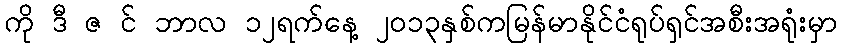
ကို ဒီ ဇ င် ဘာလ ၁၂ရက်နေ့ ၂၀၁၃နှစ်ကမြန်မာနိုင်ငံရုပ်ရှင်အစီးအရုံးမှာ